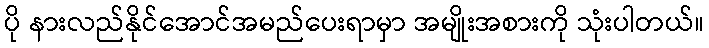
ပို နားလည်နိုင်အောင်အမည်ပေးရာမှာ အမျိုးအစားကို သုံးပါတယ်။